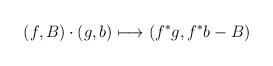
LaTeX: \begin{align*} (f,B)\cdot(g,b)\longmapsto (f^*g,f^*b-B) \end{align*}